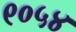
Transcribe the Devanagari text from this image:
९०५४